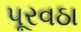
પૂરવઠા